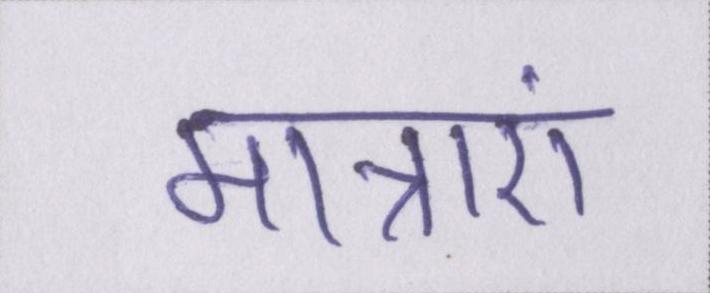
मात्राएं